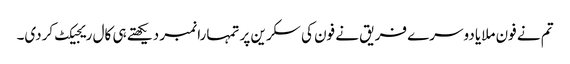
تم نے فون ملایا دوسرے فریق نے فون کی سکرین پر تمہارا نمبر دیکھتے ہی کال ریجیکٹ کردی۔